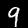
Label: 9